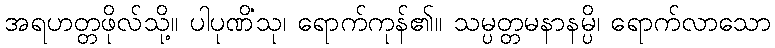
အရဟတ္တဖိုလ်သို့။ ပါပုဏိံသု၊ ရောက်ကုန်၏။ သမ္ပတ္တမနာနမ္ပိ၊ ရောက်လာသော